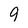
Character: 9